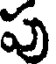
పు